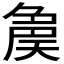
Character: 𡙝